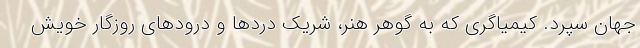
جهان سپرد. کیمیاگری که به گوهر هنر، شریک دردها و درودهای روزگار خویش